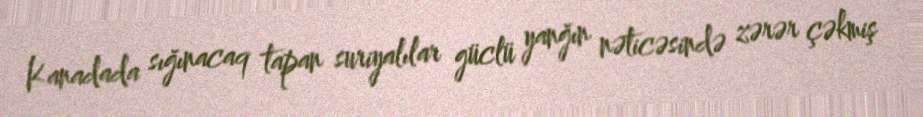
Kanadada sığınacaq tapan suriyalılar güclü yanğın nəticəsində zərər çəkmiş